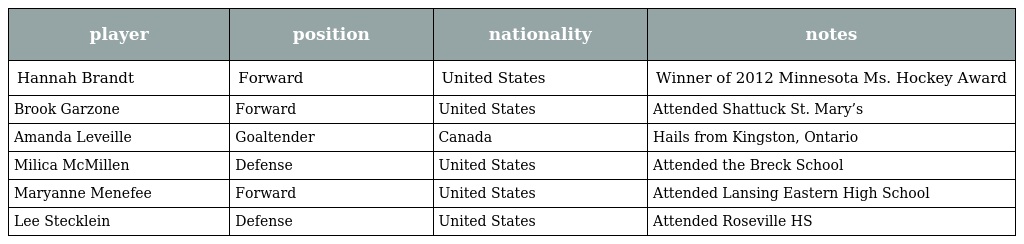
| player | position | nationality | notes |
 | --- | --- | --- | --- |
 | Hannah Brandt | Forward | United States | Winner of 2012 Minnesota Ms. Hockey Award |
 | Brook Garzone | Forward | United States | Attended Shattuck St. Mary’s |
 | Amanda Leveille | Goaltender | Canada | Hails from Kingston, Ontario |
 | Milica McMillen | Defense | United States | Attended the Breck School |
 | Maryanne Menefee | Forward | United States | Attended Lansing Eastern High School |
 | Lee Stecklein | Defense | United States | Attended Roseville HS |